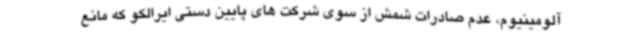
آلومینیوم، عدم صادرات شمش از سوی شرکت های پایین دستی ایرالکو که مانع